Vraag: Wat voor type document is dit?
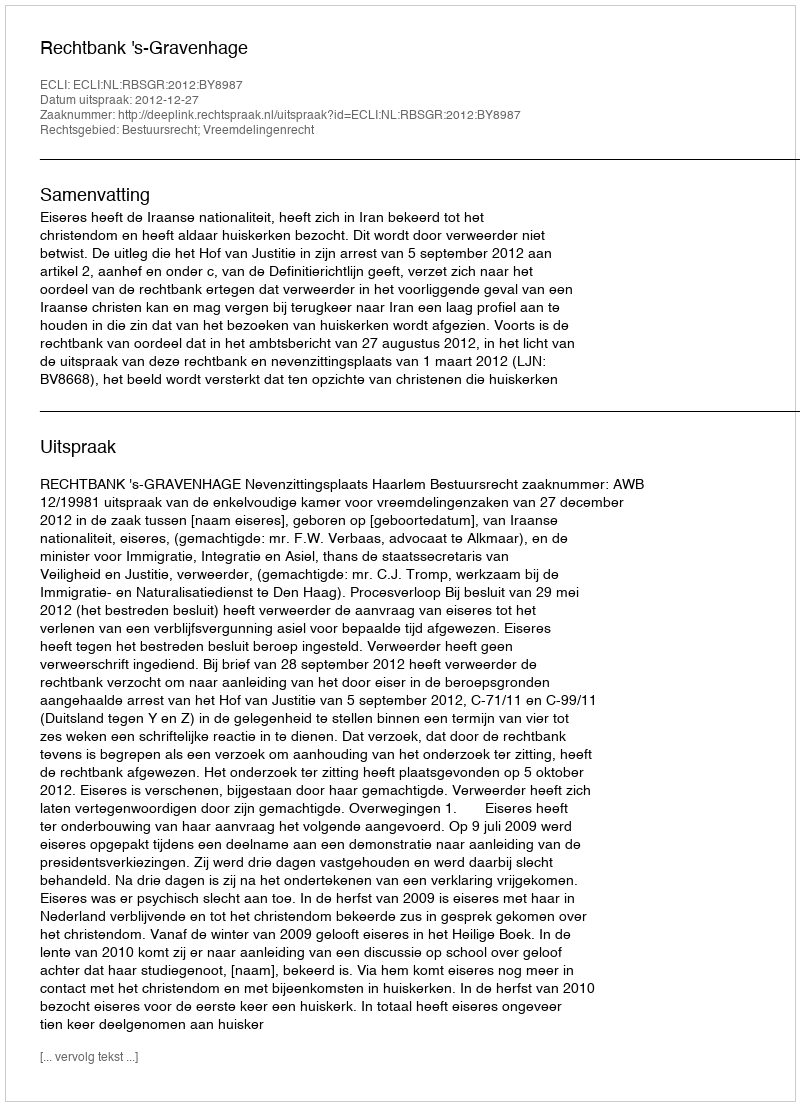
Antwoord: Uitspraak